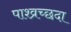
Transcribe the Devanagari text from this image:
पाश्व्रच्छदा